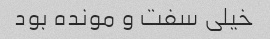
خیلی سفت و مونده بود